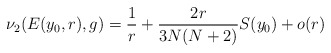
\begin{align*} \nu_2(E(y_0,r),g) =\frac{1}{r}+\frac{2r}{3N(N+2) }S(y_0)+o(r)\end{align*}